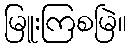
မြူးကြစမြဲ။